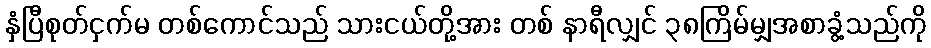
နှံပြီစုတ်ငှက်မ တစ်ကောင်သည် သားငယ်တို့အား တစ် နာရီလျှင် ၃၈ကြိမ်မျှအစာခွံ့သည်ကို